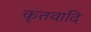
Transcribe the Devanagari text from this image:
कृतवादि